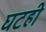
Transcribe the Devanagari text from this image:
घटही